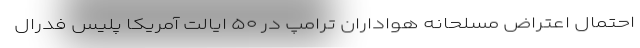
احتمال اعتراض‌ مسلحانه هواداران ترامپ در ۵۰ ایالت آمریکا پلیس فدرال